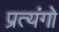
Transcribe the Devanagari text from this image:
प्रत्यंगो